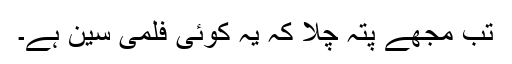
تب مجھے پتہ چلا کہ یہ کوئی فلمی سین ہے۔